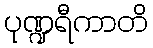
ပုဏ္ဍရီကာတိ